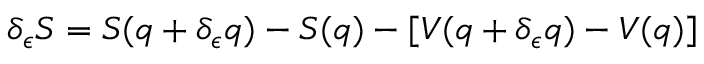
\delta _ { \epsilon } S = S ( q + \delta _ { \epsilon } q ) - S ( q ) - [ V ( q + \delta _ { \epsilon } q ) - V ( q ) ]